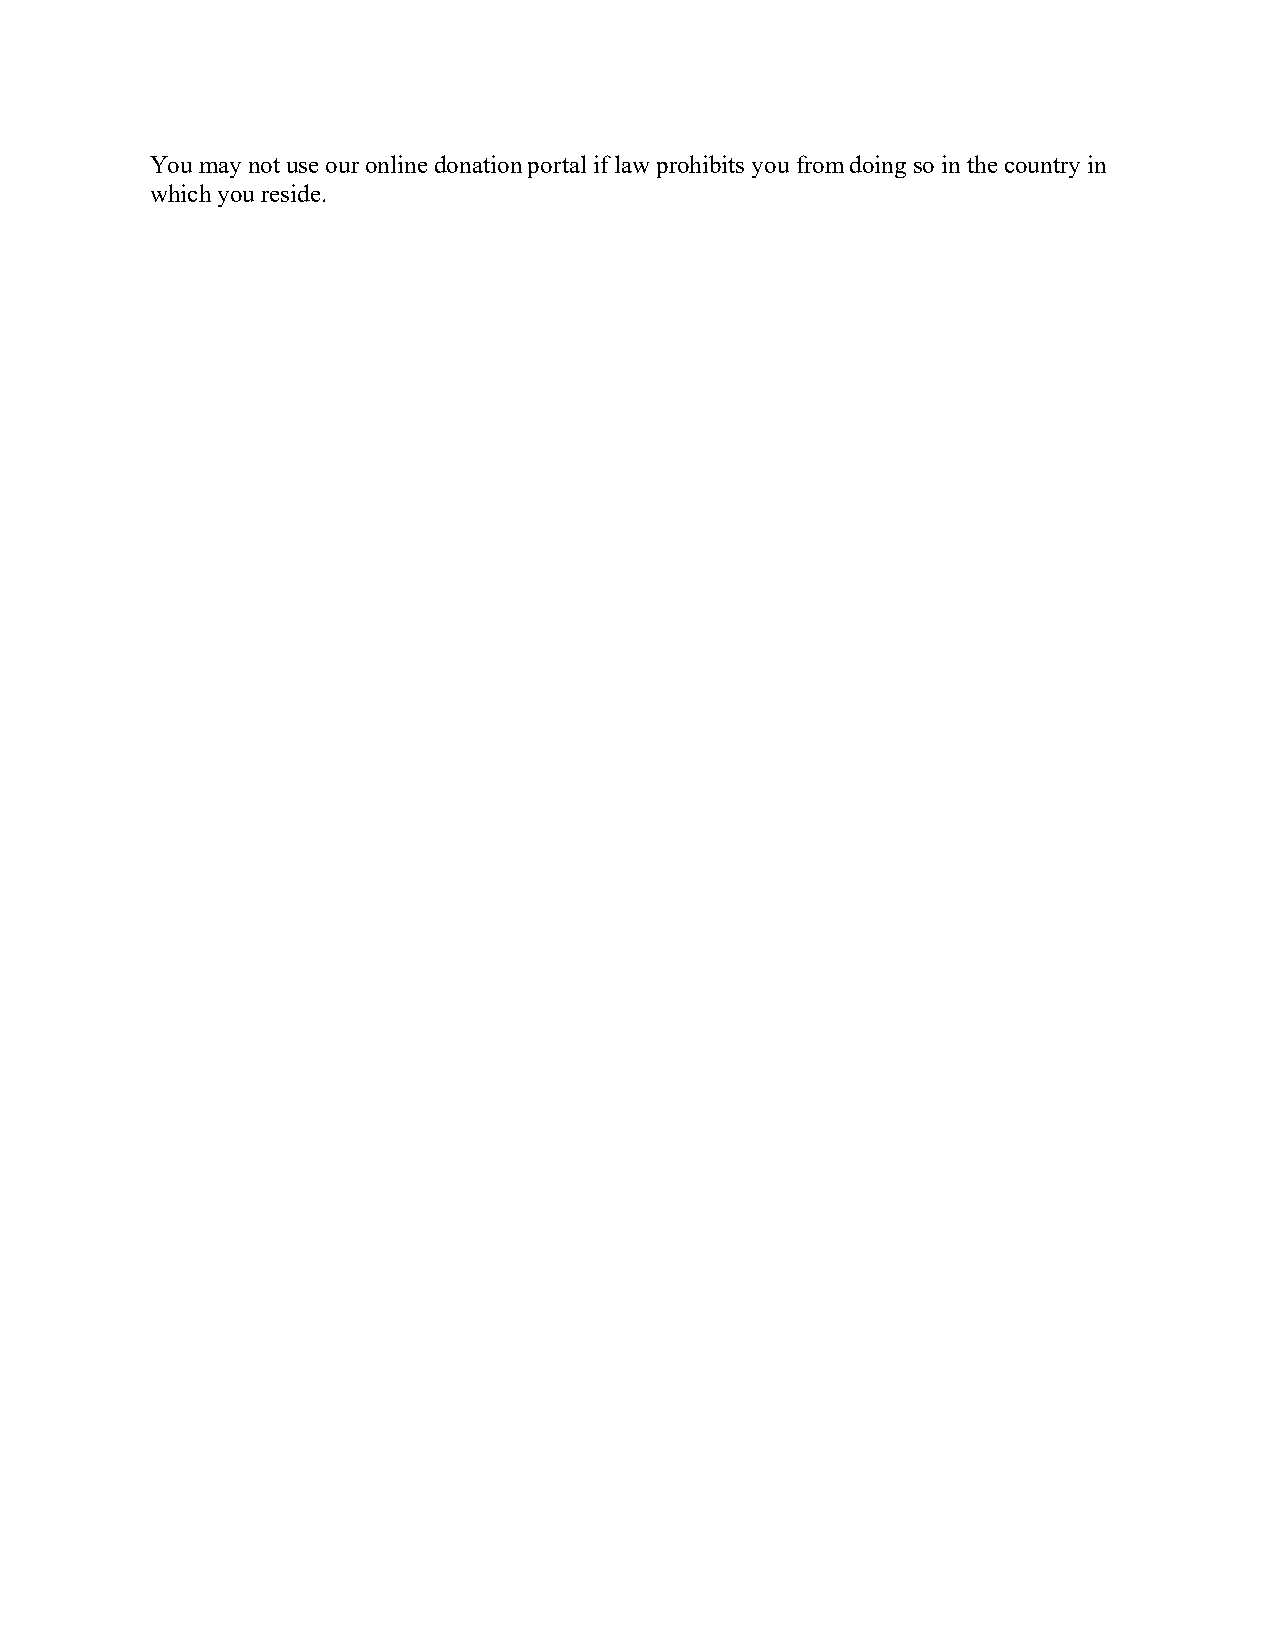
You may not use our online donation portal if law prohibits you from doing so in the country in
 which you reside.